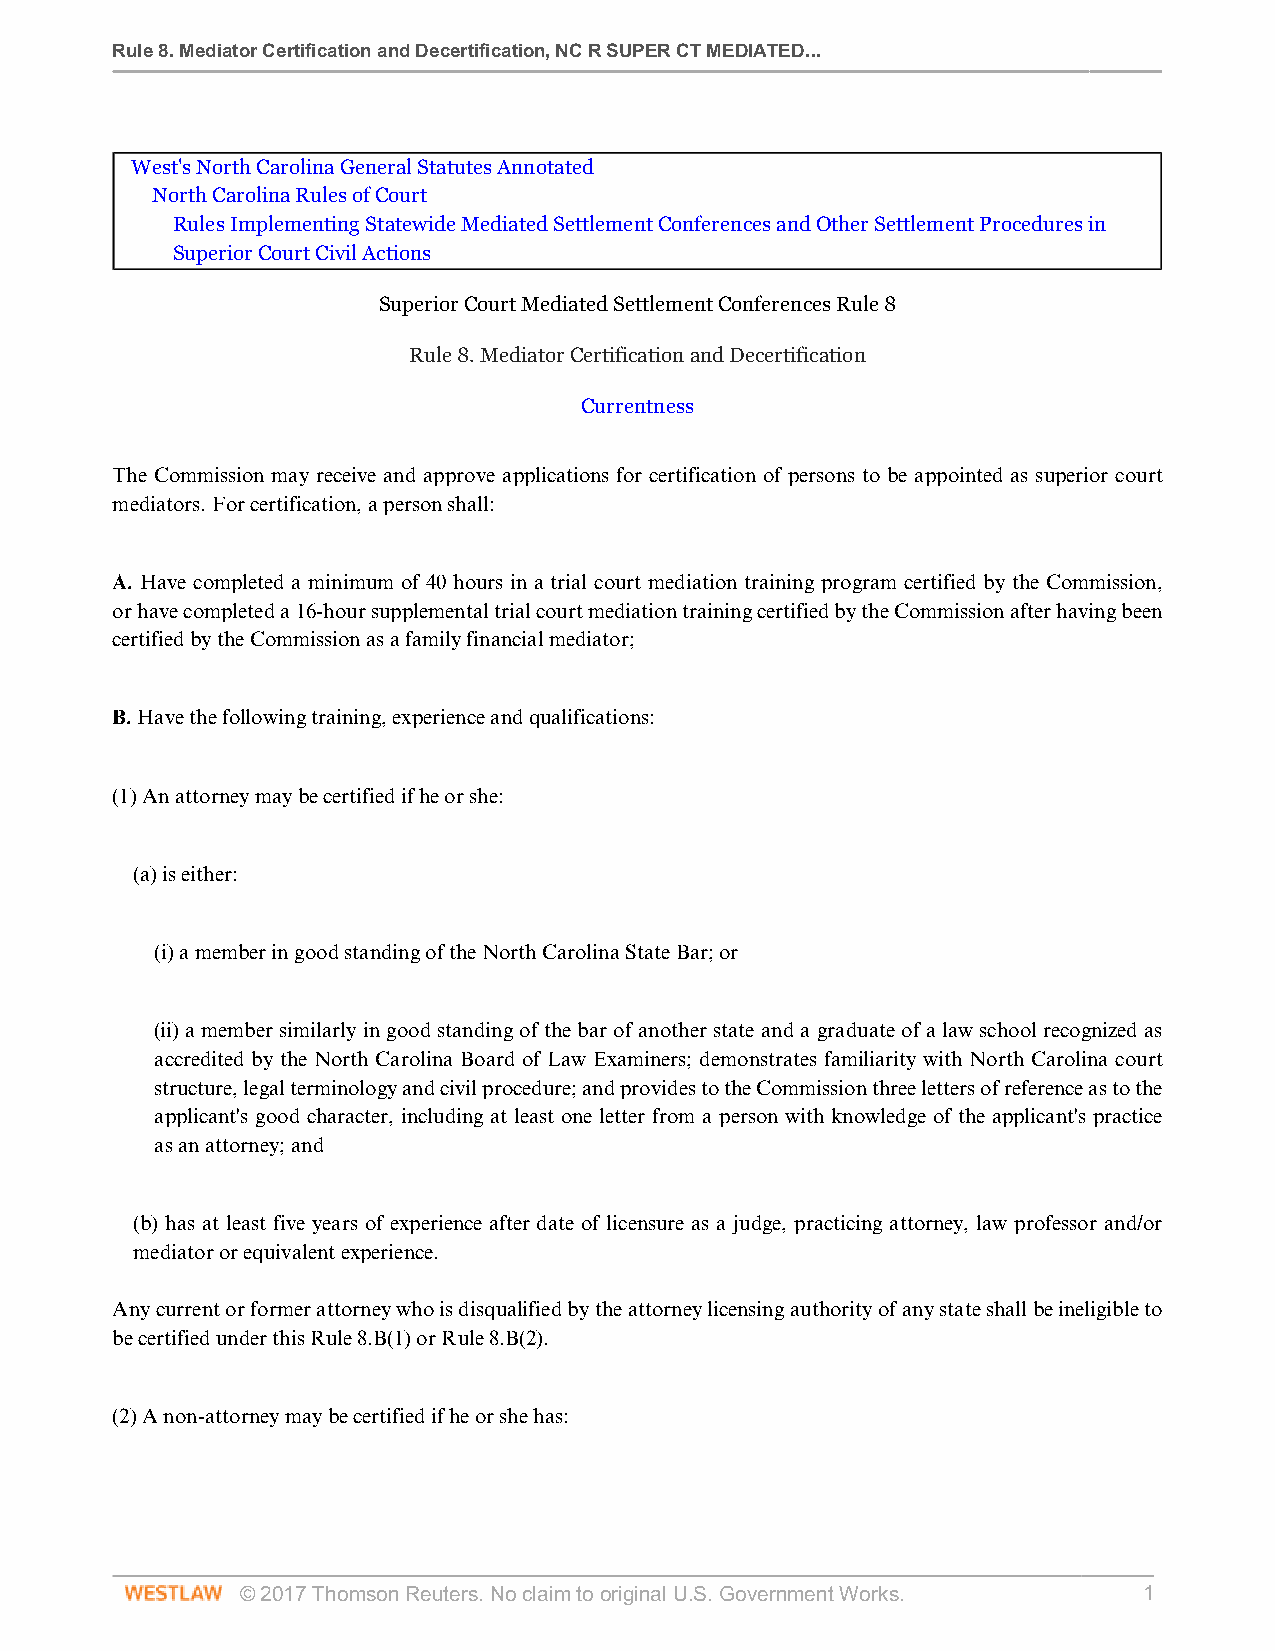
Rule 8. Mediator Certification and Decertification, NC R SUPER CT MEDIATED...
 West's North Carolina General Statutes Annotated
 North Carolina Rules of Court
 Rules Implementing Statewide Mediated Settlement Conferences and Other Settlement Procedures in
 Superior Court Civil Actions
 Superior Court Mediated Settlement Conferences Rule 8
 Rule 8. Mediator Certification and Decertification
 Currentness
 The Commission may receive and approve applications for certification of persons to be appointed as superior court
 mediators. For certification, a person shall:
 A. Have completed a minimum of 40 hours in a trial court mediation training program certified by the Commission,
 or have completed a 16-hour supplemental trial court mediation training certified by the Commission after having been
 certified by the Commission as a family financial mediator;
 B. Have the following training, experience and qualifications:
 (1) An attorney may be certified if he or she:
 (a) is either:
 (i) a member in good standing of the North Carolina State Bar; or
 (ii) a member similarly in good standing of the bar of another state and a graduate of a law school recognized as
 accredited by the North Carolina Board of Law Examiners; demonstrates familiarity with North Carolina court
 structure, legal terminology and civil procedure; and provides to the Commission three letters of reference as to the
 applicant's good character, including at least one letter from a person with knowledge of the applicant's practice
 as an attorney; and
 (b) has at least five years of experience after date of licensure as a judge, practicing attorney, law professor and/or
 mediator or equivalent experience.
 Any current or former attorney who is disqualified by the attorney licensing authority of any state shall be ineligible to
 be certified under this Rule 8.B(1) or Rule 8.B(2).
 (2) A non-attorney may be certified if he or she has:
 © 2017 Thomson Reuters. No claim to original U.S. Government Works. 1